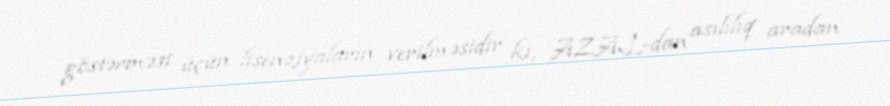
göstərməsi üçün lisenziyaların verilməsidir ki, AZAL-dan asılılıq aradan